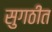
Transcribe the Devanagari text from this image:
सुगठीत